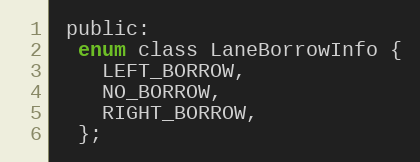
Language: C
 public:
  enum class LaneBorrowInfo {
    LEFT_BORROW,
    NO_BORROW,
    RIGHT_BORROW,
  };